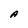
Character: A